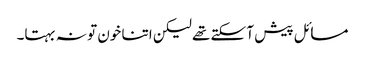
مسائل پیش آ سکتے تھے لیکن اتنا خون تو نہ بہتا۔